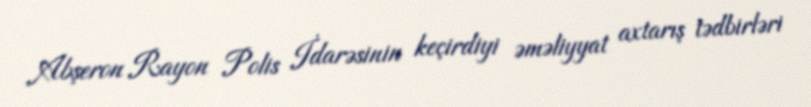
Abşeron Rayon Polis İdarəsinin keçirdiyi əməliyyat axtarış tədbirləri